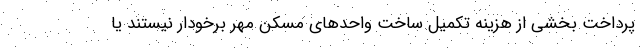
پرداخت بخشی از هزینه تکمیل ساخت واحدهای مسکن مهر برخودار نیستند یا